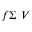
f \Sigma ~ V